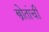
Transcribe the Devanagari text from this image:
स्त्रोतांची